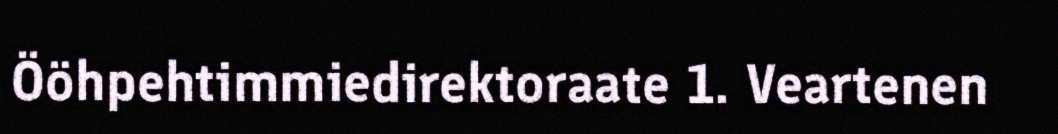
Ööhpehtimmiedirektoraate 1. Veartenen